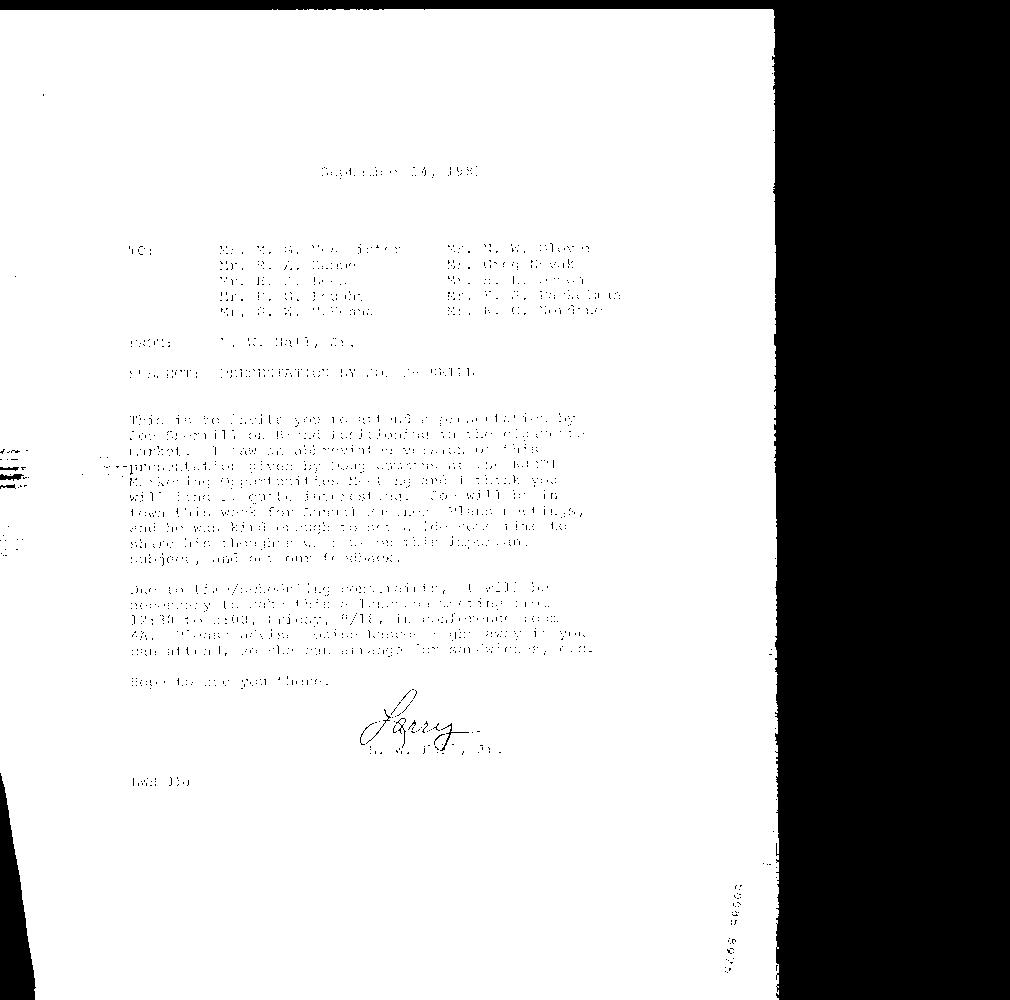
September 14, 1981
 TO: Mr. M. G. McAllister Mr. N. W. Glover
 Mr. R. A. Kampe Mr. Greg Novak
 Mr. H. J. Lees Mr. H. E. Osmon
 - ~ rene ome .. Mr, D. G. Fought Mr.. E. J. Fackelman
 _- ned Mr. G. W. McKenna Mr. R. C. Nordine
 FROM: L. W. Hall, Jr.
 a - - SUBJECT: PRESENTATION BY JOE SHERRILL ~ - -~
 This is to invite you to attend a presentation by
 Joe Sherrill on Brand Positioning in the cigarette
 2 market. I saw an abbreviated version of this
 -eeempresentation given by Doug Cummins at. the RJRTI
 . + Marketing Opportunities Meeting and I think you
 - will find it quite interesting. Joe will be in
 town this week for Annual Business Plans meetings,
 ’ and he was kind enough to set aside some time to
 share his thoughts with us on this important
 subject, and get our feedback.
 Due to time/scheduling constraints, it will be
 necessary to make this a luncheon meeting from
 12:30 to 2:00, Friday, 9/18, in conference room
 4A. Please advise Louise Rascoe right away if you
 can attend, so she can arrange for sandwiches, etc.
 Hope to see you there.
 L. W. Hafl, Jr.
 LWH-lbr